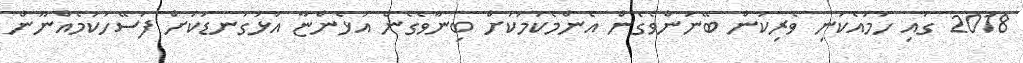
2018 ގައި ހަމައެކަނި ވެރިކަން ބޭނުންވެގެން އެންމެކަމަކަށް ބިނާވެގެން އުޅެންޏާ އަޅުގަނޑަކަށް ފަސޭހަކަމެއްނޫން